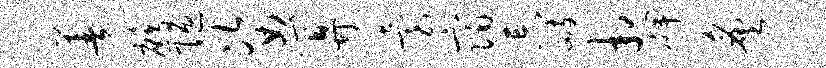
善鹧陋姿算台宿忘峙相碑炙